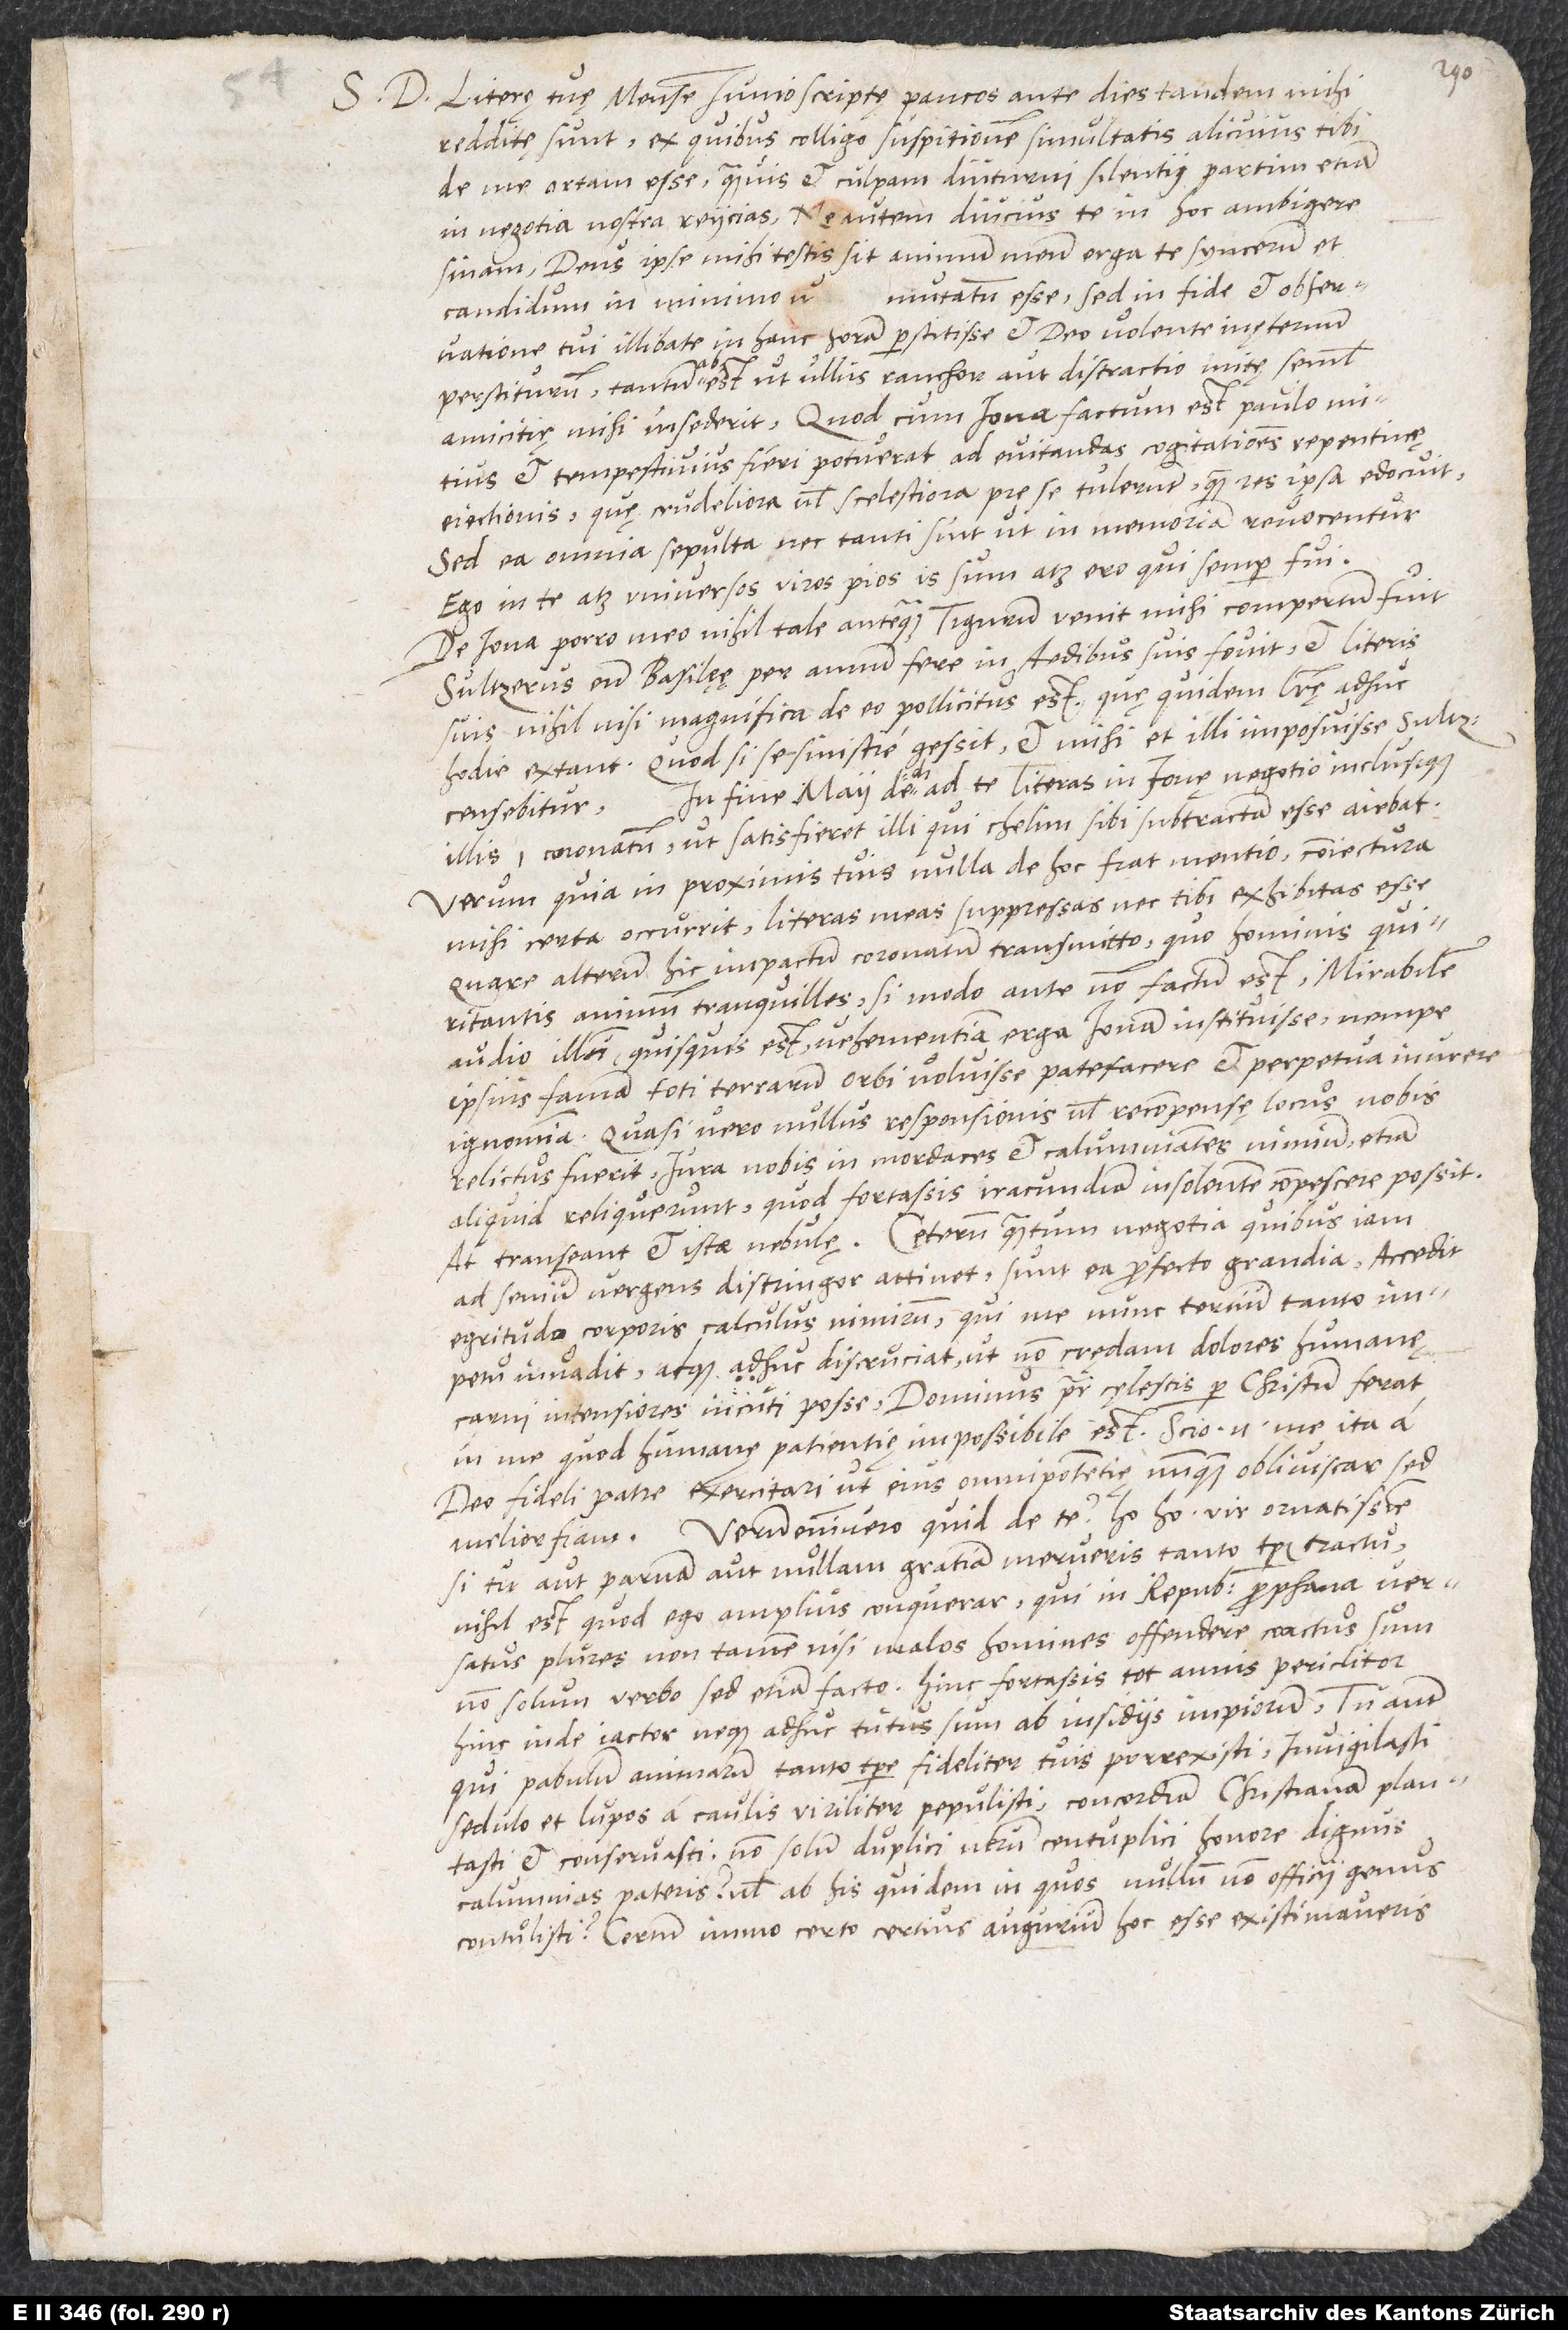
S. D. Literę tę mense iunio scriptę paucos ante dies tandem mihi
redditę sunt, ex quibus colligo suspitionem simultatis alicuius tibi
de me ortam esse, quamvis et culpam diuturni silentii partim etiam
sinam, deus ipse mihi testis sit animum meum erga te syncerum et
mutatum esse, sed in fide et observatione
candidum in minimo
tui illibate in hanc horam perstitisse et deo volente in ęternum
perstiturum; tantum abest, ut ullus ranchor aut distractio initę semel
amicitię mihi insederit. Quod cum Iona factum est, paulo mitius
et tempestivius fieri potuerat ad evitendas cogitationes repentinę
eiectionis, quę crudeliora vel scelestiora prę se tulerunt, quam res ipsa edocuit.
Sed ea omnia sepulta nec tanti sunt, ut in memoriam revocentur.
Ego in te atque universos viros pios is sum atque ero, qui semper fui.
De Iona porro meo nihil tale, antequam Tigurum venit, mihi compertum fuit.
Sultzerus eum Basileę per annum fere in aedibus suis fovit et literis
suis nihil nisi magnifica de eo pollicitus est, quę quidem literę adhuc
hodie extant. Quodsi se sinistre gessit, et mihi et illi imposuisse Sultzerus
fine maii dedi ad te literas in Ionę negotio inclusique
censebitur.
illis coronatum, ut satisfieret illi, qui chelim sibi subtractam esse aiebat.
Verum quia in proximis tuis nulla de hoc fiat mentio, coniectura
mihi certa occurrit, literas meas suppressas nec tibi exhibitas esse.
Quare alterum hic impactum coronatum transmitto, quo hominis quiritantis
animum tranquilles, si modo ante non factum est. Mirabilem
audio illum, quisquis est, vehementiam erga Ionam instituisse, nempe
ipsius famam toti terrarum orbi voluisse patefacere et perpetua inurere
ignominia, quasi vero nullus responsionis vel recompensę locus nobis
aliquid reliquerunt, quod fortassis iracundiam insolentem compescere possint.
At transeant et istae nebulę. Cęterum, quantum negotia, quibus iam
ad senium vergens distringor, attinet, sunt eo profecto grandia. Accedit
egritudo corporis, calculus nimirum, qui me nunc tertium tanto
impetu invadit atque adhuc discruciat, ut non credam dolores humanę
carni intensiores incuti posse. Dominus pater cęlestis per Christum ferat
in me, quod humanę patientię impossibile est; scio enim me ita a
deo fideli patre exercitari, ut eius omnipotentię nunquam obliviscar, sed
melior fiam. Verum enim vero quid de te? Ho ho, vir ornatissime,
si tu aut parvam aut nullam gratiam merueris tanto temporis tractu,
nihil est, quod ego amplius conquerar, qui in republica prophana versatus
plures non tamen nisi malos homines offendere coactus sum
non solum verbo, sed etiam facto. Hinc fortassis tot annis periclitor,
hincinde iactor neque adhuc tutus sum ab insidiis impiorum. Tu autem,
qui pabulum animarum tanto tempore fideliter tuis porrexisti, invigilasti,
sedulo et lupos a caulis viriliter pepulisti, concordiam christianam plantasti
et conservasti, non solum duplici, verum centuplici honore dignus
calumnias pateris vel ab his quidem in quos nullum non officii genus
contulisti? Certum immo certo certius augurium hoc esse existimaveris

Ego